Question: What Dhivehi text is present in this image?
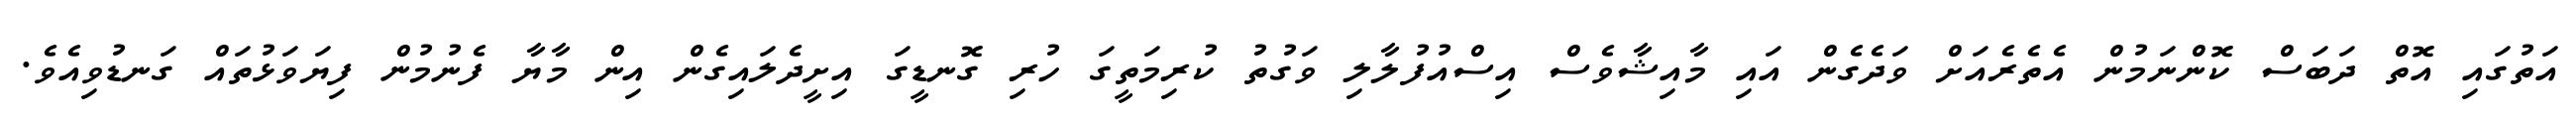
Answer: އަތުގައި އޮތް ދަބަސް ކޮންނަމުން އެތެރެއަށް ވަދެގެން އައި މާއިޝާވެސް އިސްއުފުލާލި ވަގުތު ކުރިމަތީގަ ހުރި ގޮނޑީގަ އިށީދެލައިގެން އިން މާޔާ ފެނުމުން ފިޔަވަޅުތައް ގަނޑުވިއެވެ.